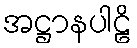
အဋ္ဌာနပါဠိ